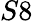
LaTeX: S8